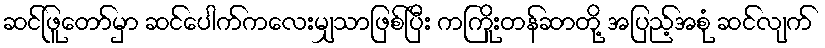
ဆင်ဖြူတော်မှာ ဆင်ပေါက်ကလေးမျှသာဖြစ်ပြီး ကကြိုးတန်ဆာတို့ အပြည့်အစုံ ဆင်လျက်